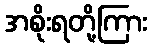
အစိုးရတို့ကြား